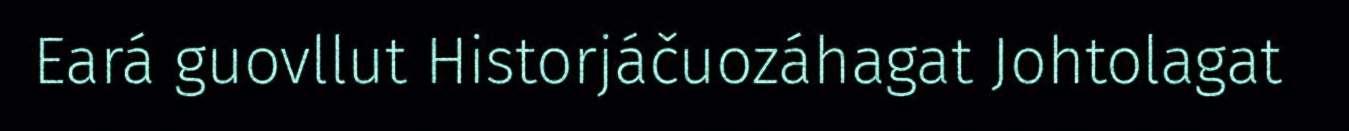
Eará guovllut Historjáčuozáhagat Johtolagat